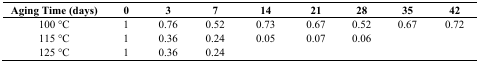
| Aging Time (days) | 0 | 3 | 7 | 14 | 21 | 28 | 35 | 42 |
 | --- | --- | --- | --- | --- | --- | --- | --- | --- |
 | 100 °C | 1 | 0.76 | 0.52 | 0.73 | 0.67 | 0.52 | 0.67 | 0.72 |
 | 115 °C | 1 | 0.36 | 0.24 | 0.05 | 0.07 | 0.06 |  |  |
 | 125 °C | 1 | 0.36 | 0.24 |  |  |  |  |  |